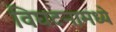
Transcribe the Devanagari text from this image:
विघटनामध्ये